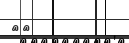
٤١